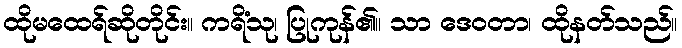
ထိုမထေရ်ဆိုတိုင်း။ ကရိံသု၊ ပြုကုန်၏။ သာ ဒေဝတာ၊ ထိုနတ်သည်။